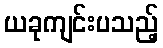
ယခုကျင်းပသည့်